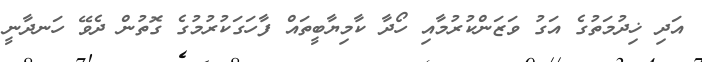
އަދި ޚިދުމަތުގެ އަގު ވަޒަންކުރުމާއި ހޯދާ ކާމިޔާބީތައް ފާހަގަކުރުމުގެ ގޮތުން ދެވޭ ހަނދާނީ